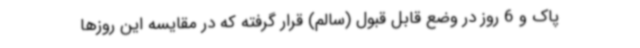
پاک و 6 روز در وضع قابل قبول (سالم) قرار گرفته که در مقایسه این روزها